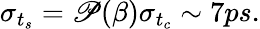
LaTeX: \sigma_{t_{s}}=\mathscr{P}(\beta)\sigma_{t_{c}}\sim 7ps.